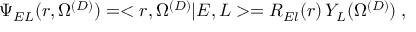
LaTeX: \Psi _ { E L } ( r , \Omega ^ { ( D ) } ) = < r , \Omega ^ { ( D ) } | E , L > = R _ { E l } ( r ) \, Y _ { L } ( \Omega ^ { ( D ) } ) \; ,